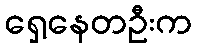
ရှေ့နေတဦးက